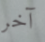
آخر